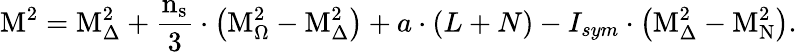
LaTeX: \mathrm{M^{2}=M_{\Delta}^{2}+\frac{n_{s}}{3}\cdot\left(M_{\Omega}^{2}-M_{\Delta}^{2}\right)}+a\cdot(L+N)-I_{sym}\cdot\mathrm{\left(M_{\Delta}^{2}-M_{\mathrm{N}}^{2}\right)}.